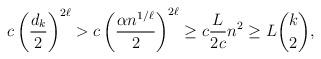
LaTeX: \begin{align*}c\left(\frac{d_k}{2}\right)^{2\ell}>c\left(\frac{\alpha n^{1/\ell}}{2}\right)^{2\ell}\geq c\frac{L}{2c}n^2\geq L\binom{k}{2},\end{align*}